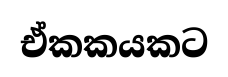
ඒකකයකට